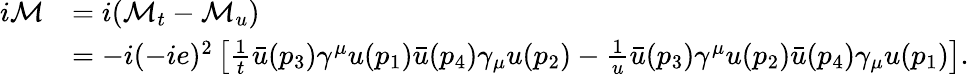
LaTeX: {\begin{array}{rl}{i{\mathcal{M}}}&{=i({\mathcal{M}}_{t}-{\mathcal{M}}_{u})}\\ &{=-i(-ie)^{2}\left[{\frac{1}{t}}{\bar{u}}(p_{3})\gamma^{\mu}u(p_{1}){\bar{u}}(p_{4})\gamma_{\mu}u(p_{2})-{\frac{1}{u}}{\bar{u}}(p_{3})\gamma^{\mu}u(p_{2}){\bar{u}}(p_{4})\gamma_{\mu}u(p_{1})\right].}\end{array}}